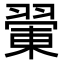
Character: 𦑿